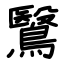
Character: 鷖